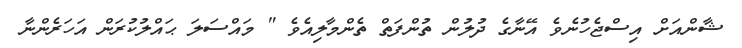
ޝާންއަށް އިސްޖެހުނެވެ އޭނާގެ ދުލުން ތުންފަތް ތެންމާލިއެވެ " މައްސަލަ ޙައްލުކުރަން އަހަރެންނާ